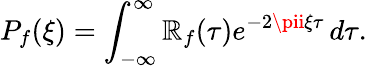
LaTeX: P_{f}(\xi)=\int_{-\infty}^{\infty}\mathbb{R}_{f}(\tau)e^{-2\pii\xi\tau}\, d\tau.